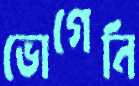
ভোগেনি